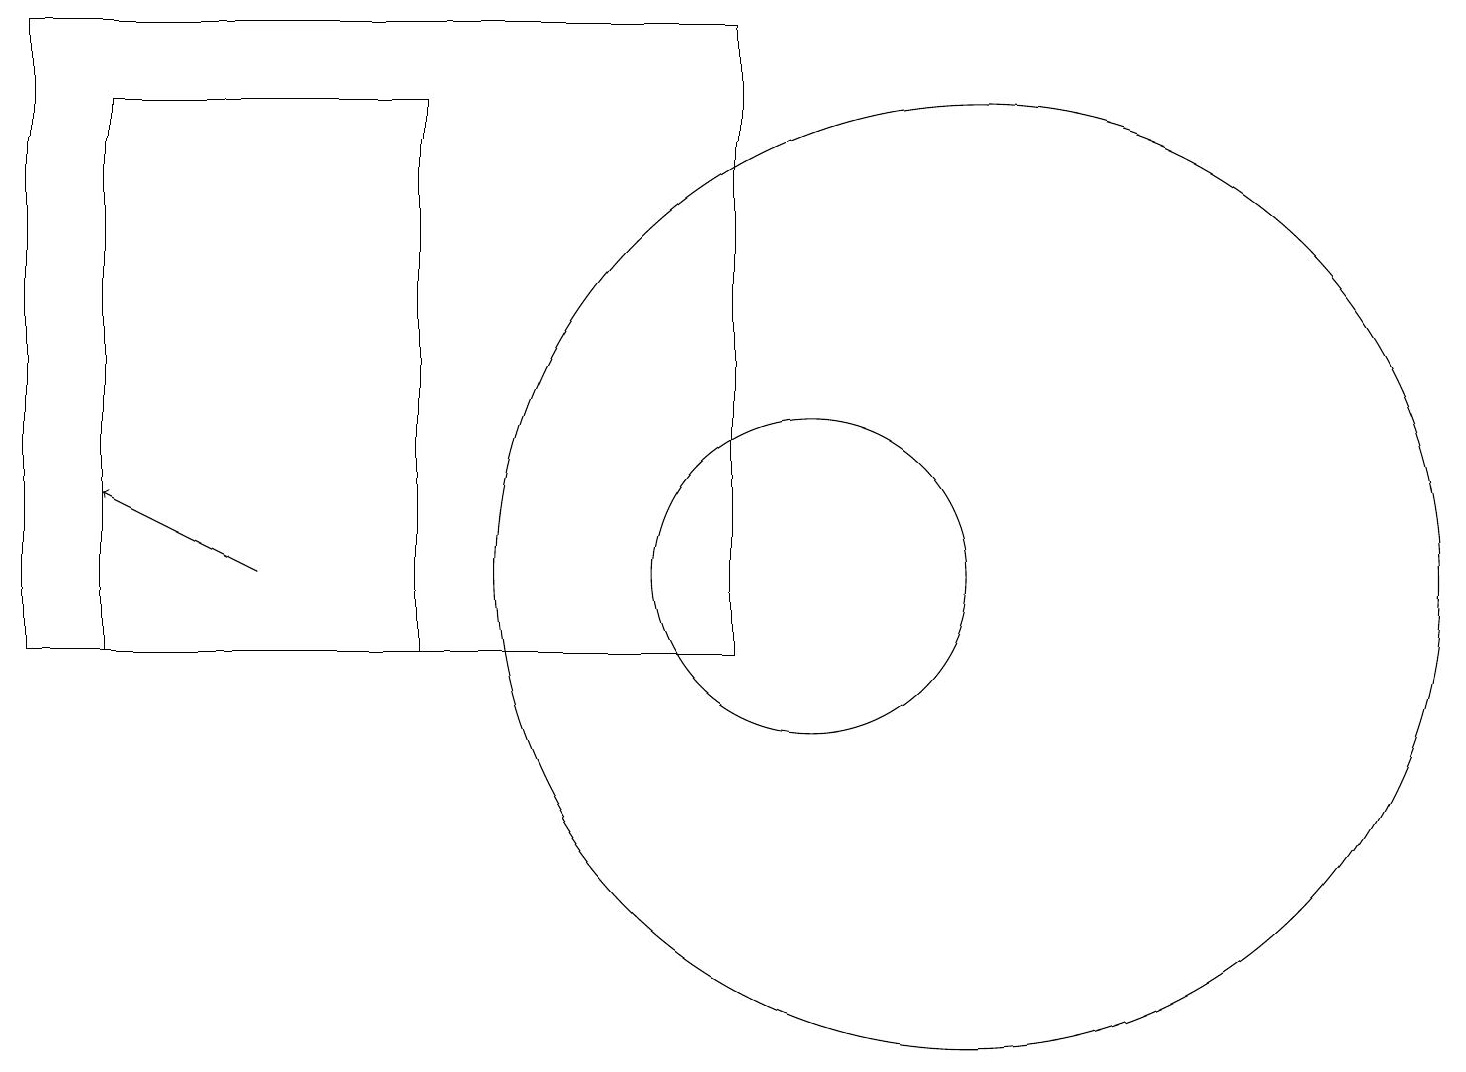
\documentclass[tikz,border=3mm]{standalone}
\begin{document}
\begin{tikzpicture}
\draw (0,10) rectangle (9,18);
\draw (5,17) rectangle (1,10);
\draw[->] (3,11) -- (1,12);
\draw (12,11) circle (6);
\draw (10,11) circle (2);
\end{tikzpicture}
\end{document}